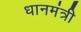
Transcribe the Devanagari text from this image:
धानमंत्री